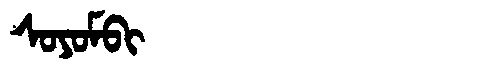
Manchu: ᠰᠣᠶᠣᠮᠪᡳ
Romanization: SOYOMBI